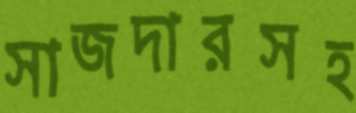
সাজদারসহ